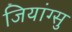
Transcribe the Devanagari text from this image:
जियांग्सु